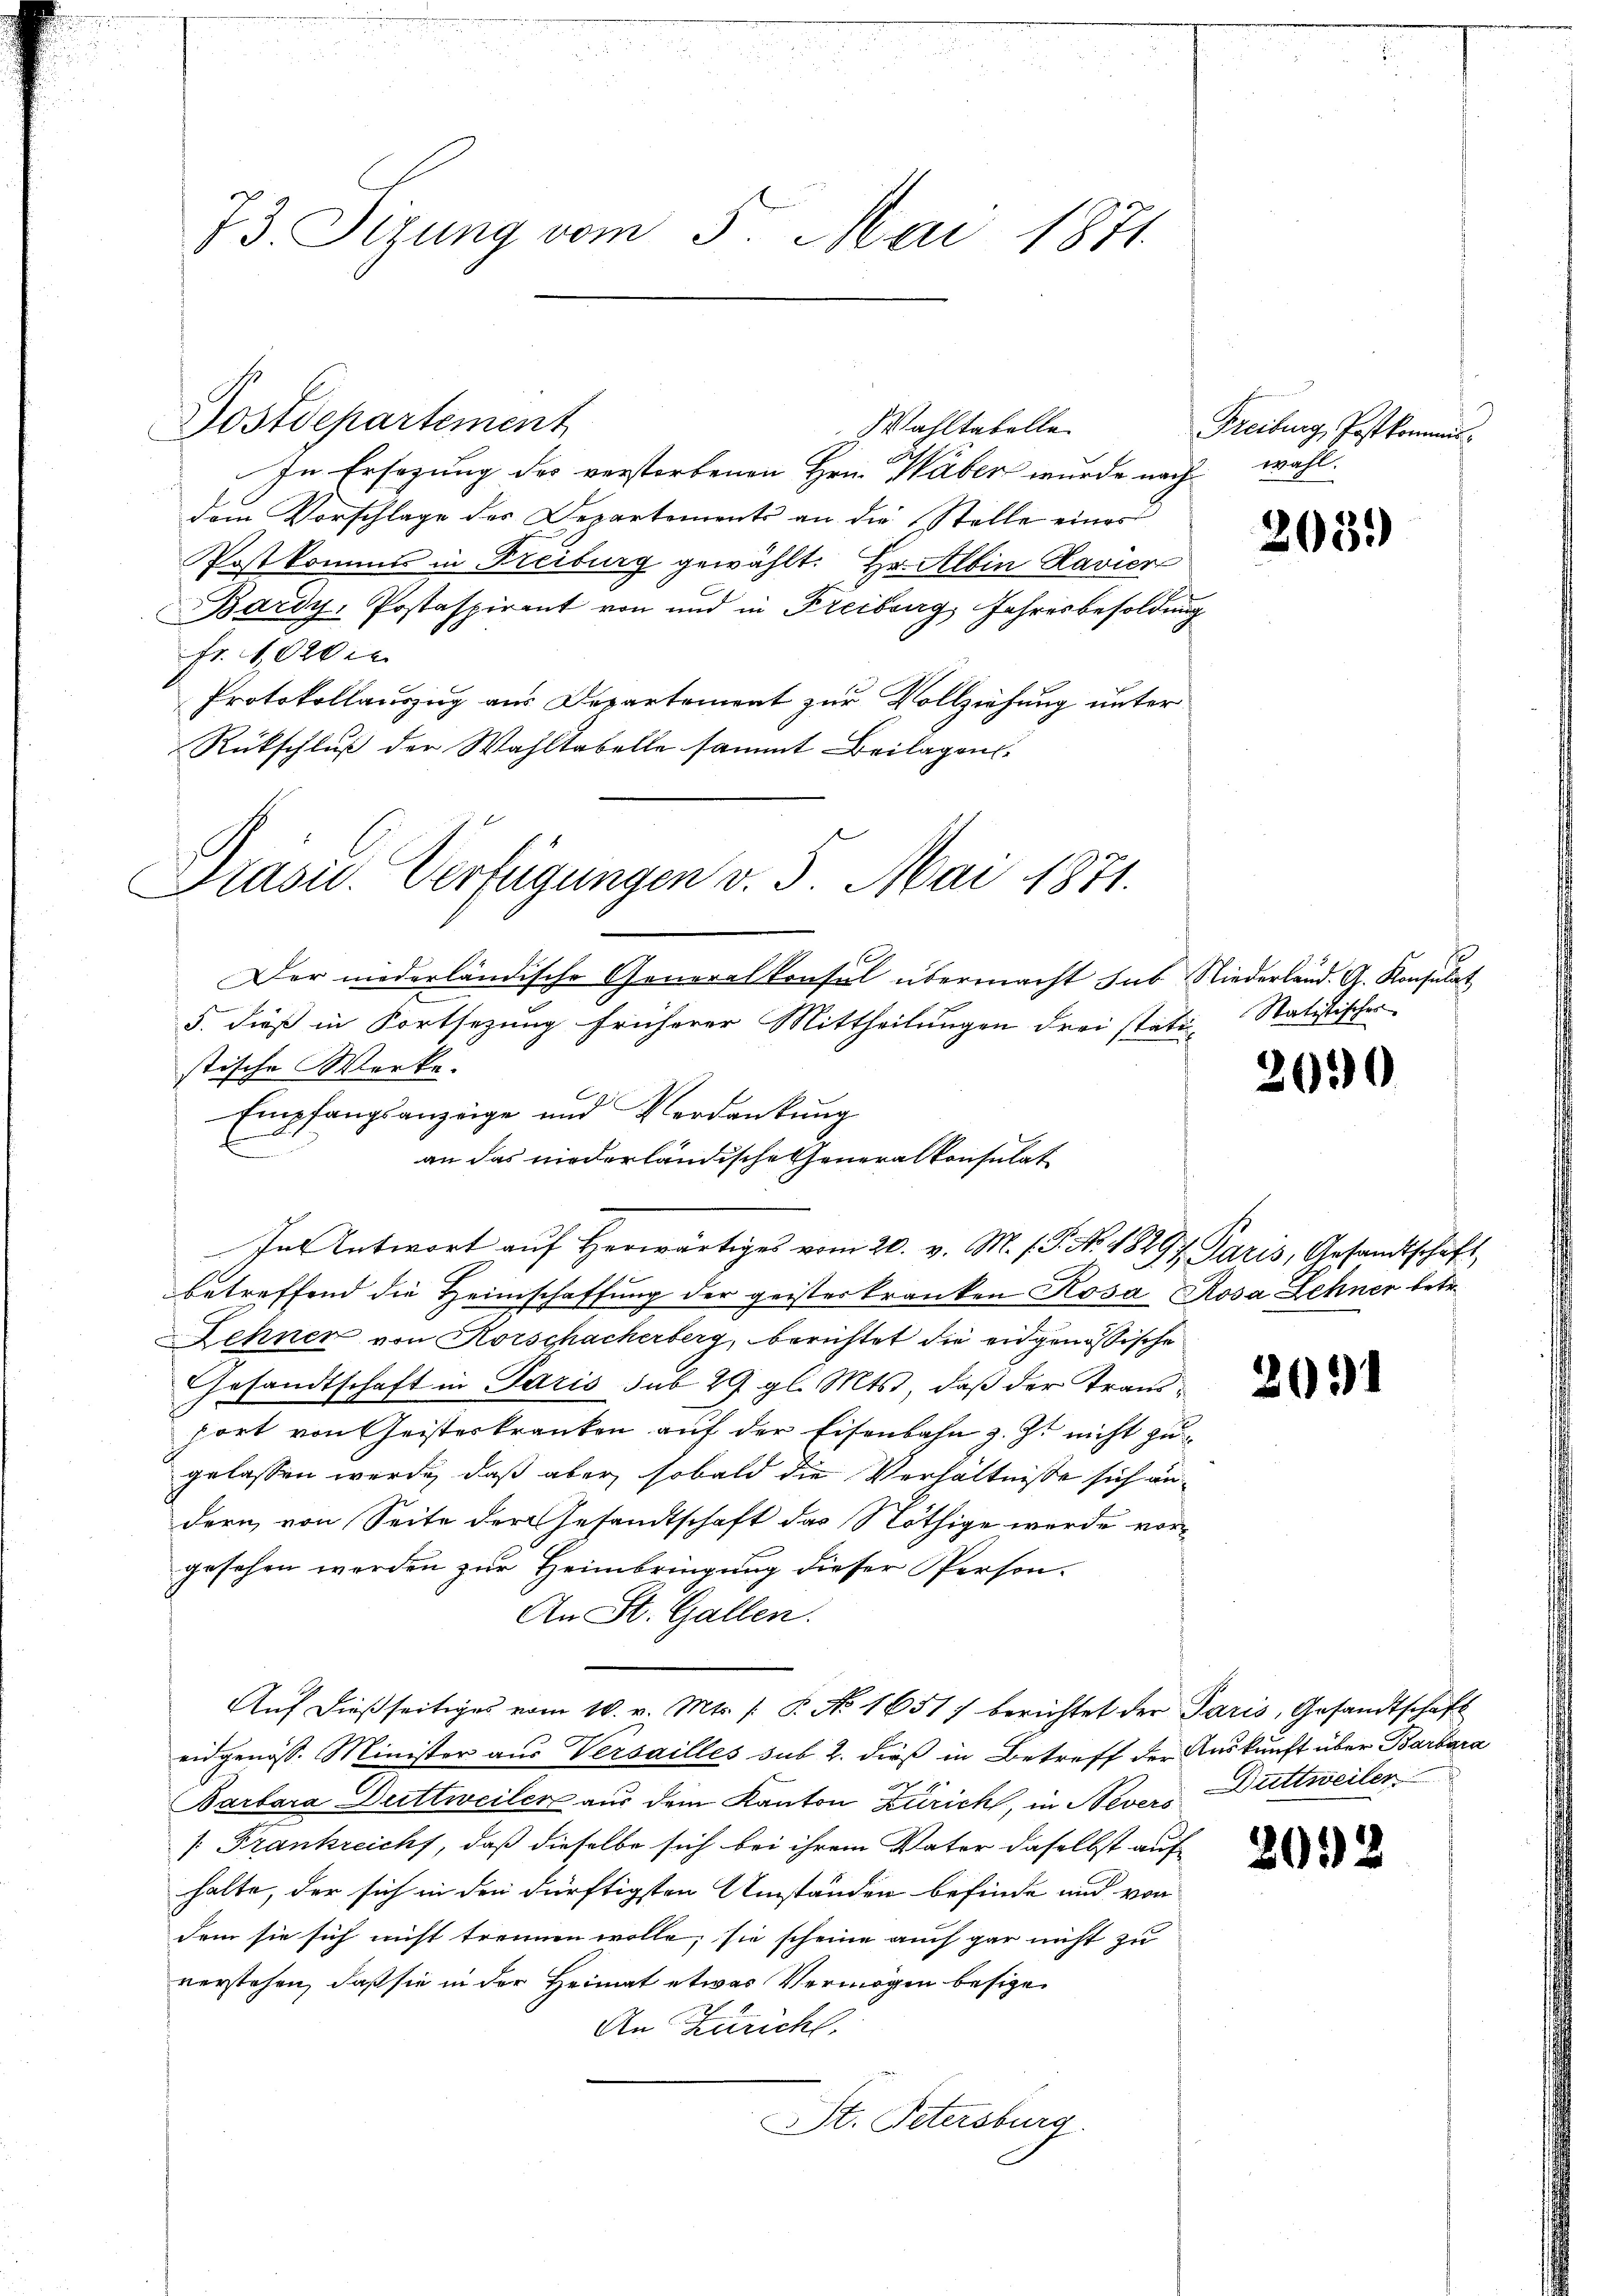
73. Sizung vom 5. Mai 1871

Postdepartement

Wahltabelle
In Ersezung des verstorbenen Hrn. Wäben wurde nach wahl
dem Vorschlage der Departements an die Stelle einer
Postkommes in Freiburg gewählt. Er Albin Ravier
Bárdy-Postaspirant von und in Freiburg Jahresbesoldung
Fr. 1020 e
Protokollauszug aus Departement zur Vollziehung unter
Rückschluß der Wahltabelle sammt Beilagen.
Präsid. Verfügungen v. 5. Mai 1871.
Der niederländische Generalkonsul übermacht sub Niederland. G. Konsulat
e
5. dieß in Fortsezung früherer Mittheilungen drei stati-Statistischer
stische Werke.
Empfangsanzeige und Verdankung
an das niederländische Generalkonsulat

In Antwort auf herwärtiges vom 20. v. M. h. T. No. 18297 Paris, Gesandtschaft
betreffend die Heimschaffung der geisterkranken Rosa Rosa Zehner betr.
Zehnen von Korschacherberg, berichtet die eidgenössische
Gesandtschaft in Paris sub 29 gl. Mts., daß der Trandhort von Geisteskranken auf der Eisenbahn z. Z. nicht zugelassen werde, daß aber, sobald die Verhältniße sich andern, von Seite der Gesandtschaft das Nöthige wurde vorgesehen werden zur Heimbringung dieser Person-
An St. Gallen.
Aŭf dießseitiges vom 10. v. Mts. /: P. No 1651) berichtet der Paris, Gesandtschaft
eidgenöss. Minister aus Versailles sub 2. dieß in Betreff der Auskunft über Barbara
arbara Duttweiler aus dem Kanton Zürich, in Nevers Duttweiler
/: Frankreicht, daß dieselbe sich bei ihrem Vater daselbst auf
halte, der sich in den dürftigsten Umständen befinde und von
dem sie sich nicht trennen wolle, sie scheine auch gar nicht zu
verstehen, daß sie in der Heimat etwas Vermögen besigen
An Züricht.
St. Petersburg.

Freiburg, Postkommis

2039)

2650.

2051

2052